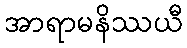
အာရာမနိဿယီ